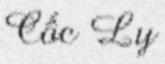
Cốc Ly